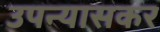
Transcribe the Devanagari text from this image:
उपन्यासकर